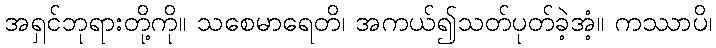
အရှင်ဘုရားတို့ကို။ သစေမာရေတိ၊ အကယ်၍သတ်ပုတ်ခဲ့အံ့။ ကဿာပိ၊